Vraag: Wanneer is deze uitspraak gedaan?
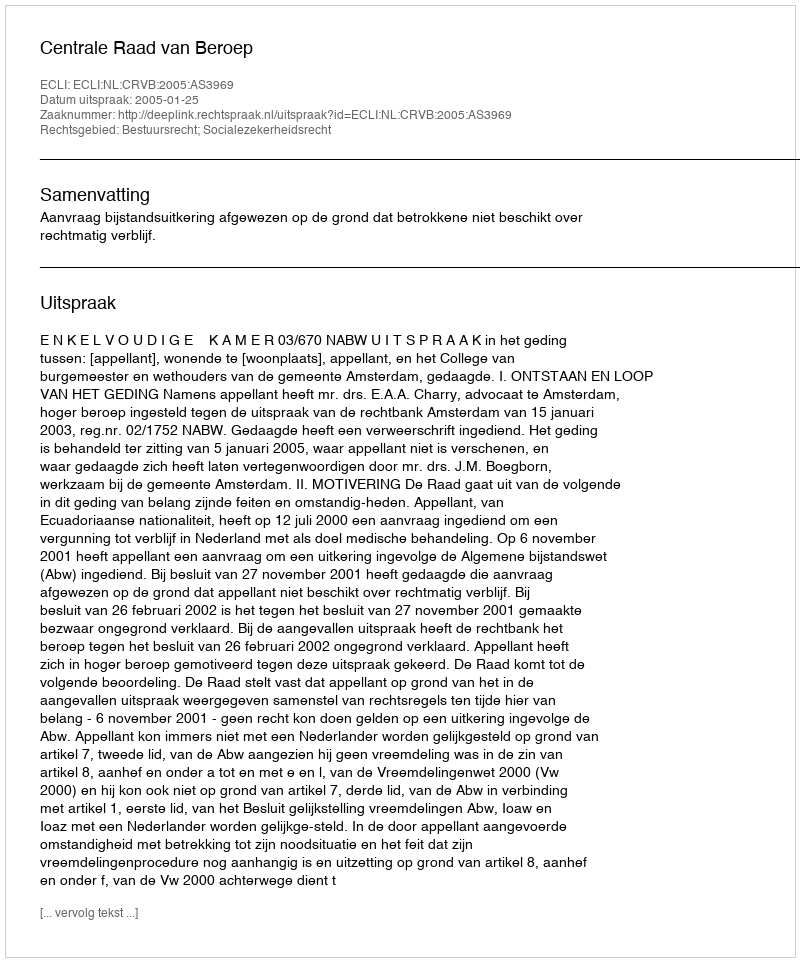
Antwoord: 2005-01-25